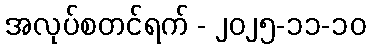
အလုပ်စတင်ရက် - ၂၀၂၅-၁၁-၁၀